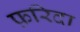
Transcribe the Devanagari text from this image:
फ़रिदा